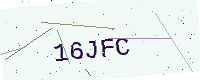
Text: 16JFC